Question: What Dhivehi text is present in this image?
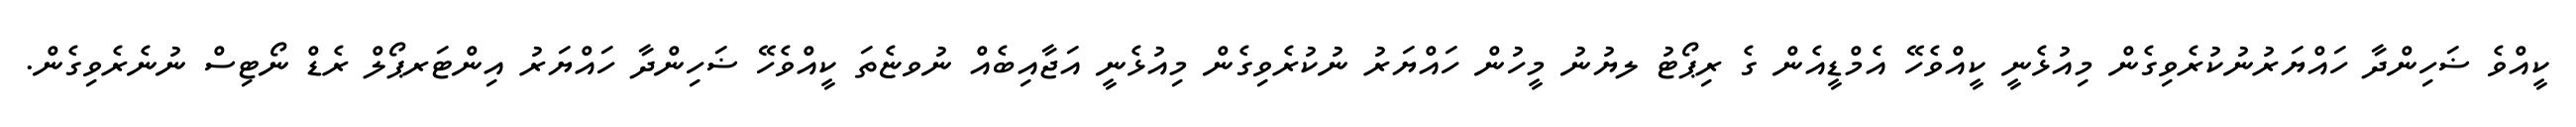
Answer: ކީއްވެ ޟަހިންދާ ހައްޔަރުނުކުރެވިގެން މިއުޅެނީ ކީއްވެހޭ އެމްޑީއެން ގެ ރިޕޯޓު ލޔުނު މީހުން ހައްޔަރު ނުކުރެވިގެން މިއުޅެނީ އަޖާއިބެއް ނުވޏެތަ ކީއްވެހޭ ޟަހިންދާ ހައްޔަރު އިންޓަރޕޯލް ރެޑް ނޯޓިސް ނުނެރެވިގެން.